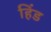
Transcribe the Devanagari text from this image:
हिंड